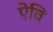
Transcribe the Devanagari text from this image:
ऐवि